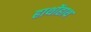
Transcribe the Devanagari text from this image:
हाथोंहाथ